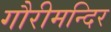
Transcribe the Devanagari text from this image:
गौरीमन्दिर